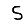
Digit: 5